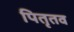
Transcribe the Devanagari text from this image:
पितृतव